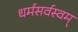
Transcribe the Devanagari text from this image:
धर्मसर्वस्वम्